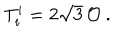
T _ { i } ^ { i } = 2 \sqrt { 3 } \, \mathcal { O } ~ .